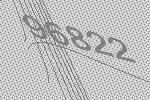
96822